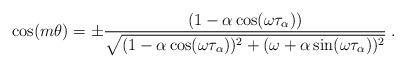
LaTeX: \begin{align*}\cos(m\theta)=\pm\frac{(1-\alpha\cos(\omega \tau_\alpha))}{\sqrt{(1-\alpha\cos(\omega \tau_\alpha))^2+(\omega+\alpha\sin(\omega \tau_\alpha))^2}}\;.\end{align*}